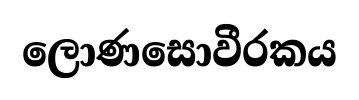
ලොණසොවීරකය